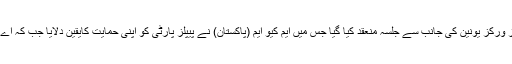
تفصیلات کے مطابق پاکستان اسٹیل مل میں ہونے والے ریفرنڈم میں پیپلز ورکز یونین کی جانب سے جلسہ منعقد کیا گیا جس میں ایم کیو ایم (پاکستان) نے پیپلز پارٹی کو اپنی حمایت کایقین دلایا جب کہ اے این پی سمیت دیگر یونینز پہلے ہی پیپلز پارٹی کی حمایت کر چکی ہیں۔